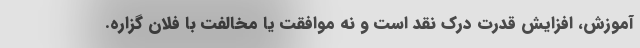
آموزش، افزایش قدرت درک نقد است و نه موافقت یا مخالفت با فلان گزاره.